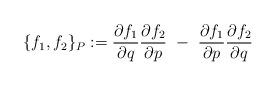
LaTeX: \begin{align*}\{ f_1, f_2\}_P := \frac{\partial f_1}{\partial q} \frac{\partial f_2}{\partial p} \ - \ \frac{\partial f_1}{\partial p} \frac{\partial f_2}{\partial q}\end{align*}